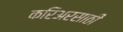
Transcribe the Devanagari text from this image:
करिअरसाठी